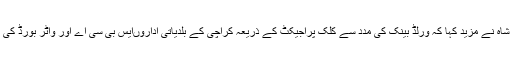
چیف سیکریٹری سندھ سید ممتاز علی شاہ نے مزید کہا کہ ورلڈ بینک کی مدد سے کلک پراجیکٹ کے ذریعہ کراچی کے بلدیاتی اداروںایس بی سی اے اور واٹر بورڈ کی اپ گریڈیشن کے منصوبے شامل ہیں۔